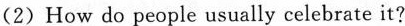
(2)How do people usually celebrate it?